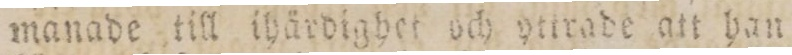
manade till ihärdighet och yttrade att han